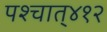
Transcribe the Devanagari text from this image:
पश्‍चात्‌४१२